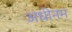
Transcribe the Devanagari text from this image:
अधीनम